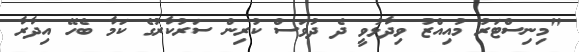
"މިނިސްޓަރު މުއިއްޒު ވިދާޅުވީ ދެ ދުވަސް ކުރިން ސަރުކާރުގެ ކަމާ ބެހޭ އިދާރާ